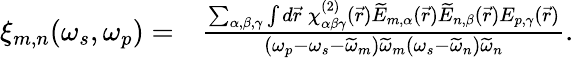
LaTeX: \begin{array}{rl}{\xi_{m,n}(\omega_{s},\omega_{p})=}&{\frac{\sum_{\alpha,\beta,\gamma}\int d\vec{r}\: \chi_{\alpha\beta\gamma}^{(2)}(\vec{r})\widetilde{E}_{m,\alpha}(\vec{r})\widetilde{E}_{n,\beta}(\vec{r})E_{p,\gamma}(\vec{r})}{(\omega_{p}-\omega_{s}-\widetilde{\omega}_{m})\widetilde{\omega}_{m}(\omega_{s}-\widetilde{\omega}_{n})\widetilde{\omega}_{n}}.}\end{array}